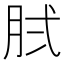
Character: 𰮓